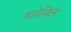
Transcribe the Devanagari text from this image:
वादेविले